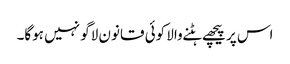
اس پر پیچھے ہٹنے والا کوئی قانون لاگو نہیں ہوگا۔